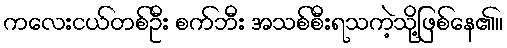
ကလေးငယ်တစ်ဦး စက်ဘီး အသစ်စီးရသကဲ့သို့ဖြစ်နေ၏။